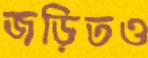
জড়িতও